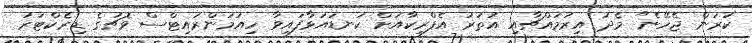
ކުރަން ޖެހޭނެ" މެދު އިރުމައްޗާއި އުތުރު އެފްރިކާއަށް ކަނޑައަޅާފައިވާ ހިއުމަންރައިޓްސް ވޮޗުގެ ޑިރެކްޓަރު